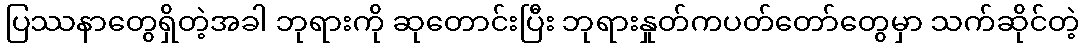
ပြဿနာတွေရှိတဲ့အခါ ဘုရားကို ဆုတောင်းပြီး ဘုရားနှုတ်ကပတ်တော်တွေမှာ သက်ဆိုင်တဲ့